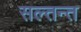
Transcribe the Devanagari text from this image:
सल्तन्त